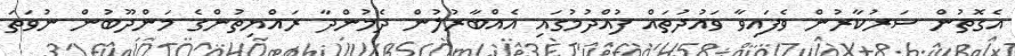
އެގޮތުން ސަރުކާރުން ވެފައިވާ ވައުދުތައް ފުއްދުމުގައި އެއްބާރުލުން ދެމުންދާ ރައްޔިތުންގެ މަންދޫބުން ނުވަތަ